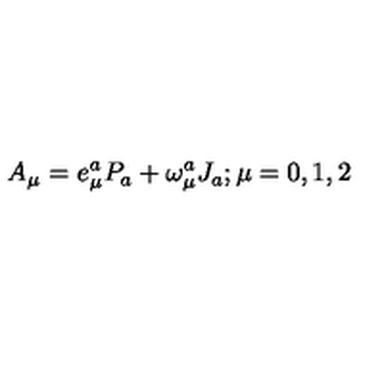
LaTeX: A _ { \mu } = e _ { \mu } ^ { a } P _ { a } + \omega _ { \mu } ^ { a } J _ { a } ; \mu = 0 , 1 , 2